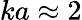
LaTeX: ka\approx 2